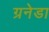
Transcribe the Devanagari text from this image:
ग्रनेडा